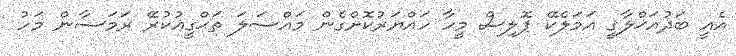
އެއީ ބަދުއަޚްލާޤީ އަމަލެކޭ ޕޮލިސް މީހާ ހައްޔަރުކޮށްގެން މައްސަލަ ތަޙްގީޣުކުރޭ ރަމަޟާން މަހު